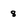
Character: 8